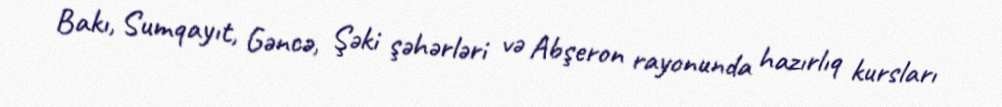
Bakı, Sumqayıt, Gəncə, Şəki şəhərləri və Abşeron rayonunda hazırlıq kursları